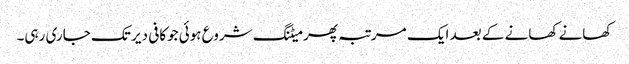
کھانے کھانے کے بعد ایک مرتبہ پھر میٹنگ شروع ہوئی جوکافی دیر تک جاری رہی۔